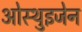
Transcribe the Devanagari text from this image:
ओस्थुइजेन